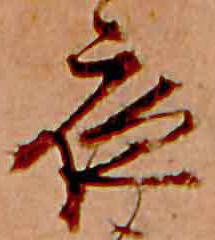
夜